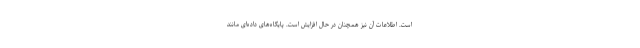
است. اطلاعات آن نیز همچنان در حال افزایش است. پایگاه‌های داده‌ای مانند